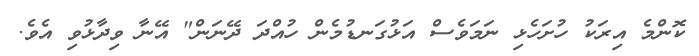
ކޮންމެ އިރަކު ހުށަހެޅި ނަމަވެސް އަޅުގަނޑުމެން ހުއްދަ ދޭނަން" އޭނާ ވިދާޅުވި އެވެ.